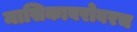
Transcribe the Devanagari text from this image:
मासिकाबरोबरच